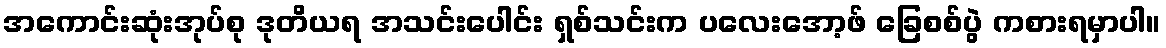
အကောင်းဆုံးအုပ်စု ဒုတိယရ အသင်းပေါင်း ရှစ်သင်းက ပလေးအော့ဖ် ခြေစစ်ပွဲ ကစားရမှာပါ။